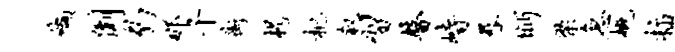
缬倒豹那千街枵杷叙习瞽峙晷眄梁急概插